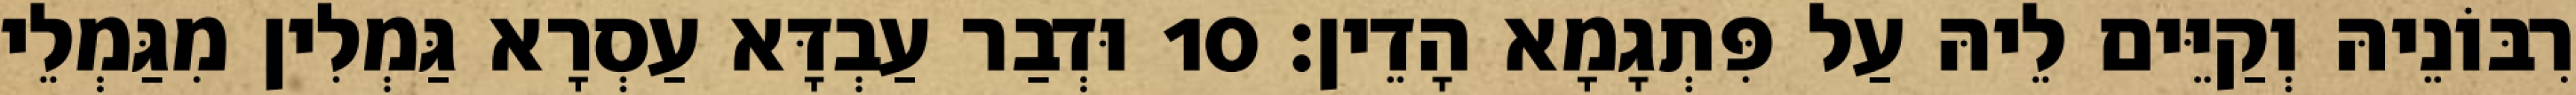
רִבּוֹנֵיהּ וְקַיֵּים לֵיהּ עַל פִּתְגָמָא הָדֵין׃ 10 וּדְבַר עַבְדָּא עַסְרָא גַּמְלִין מִגַּמְלֵי